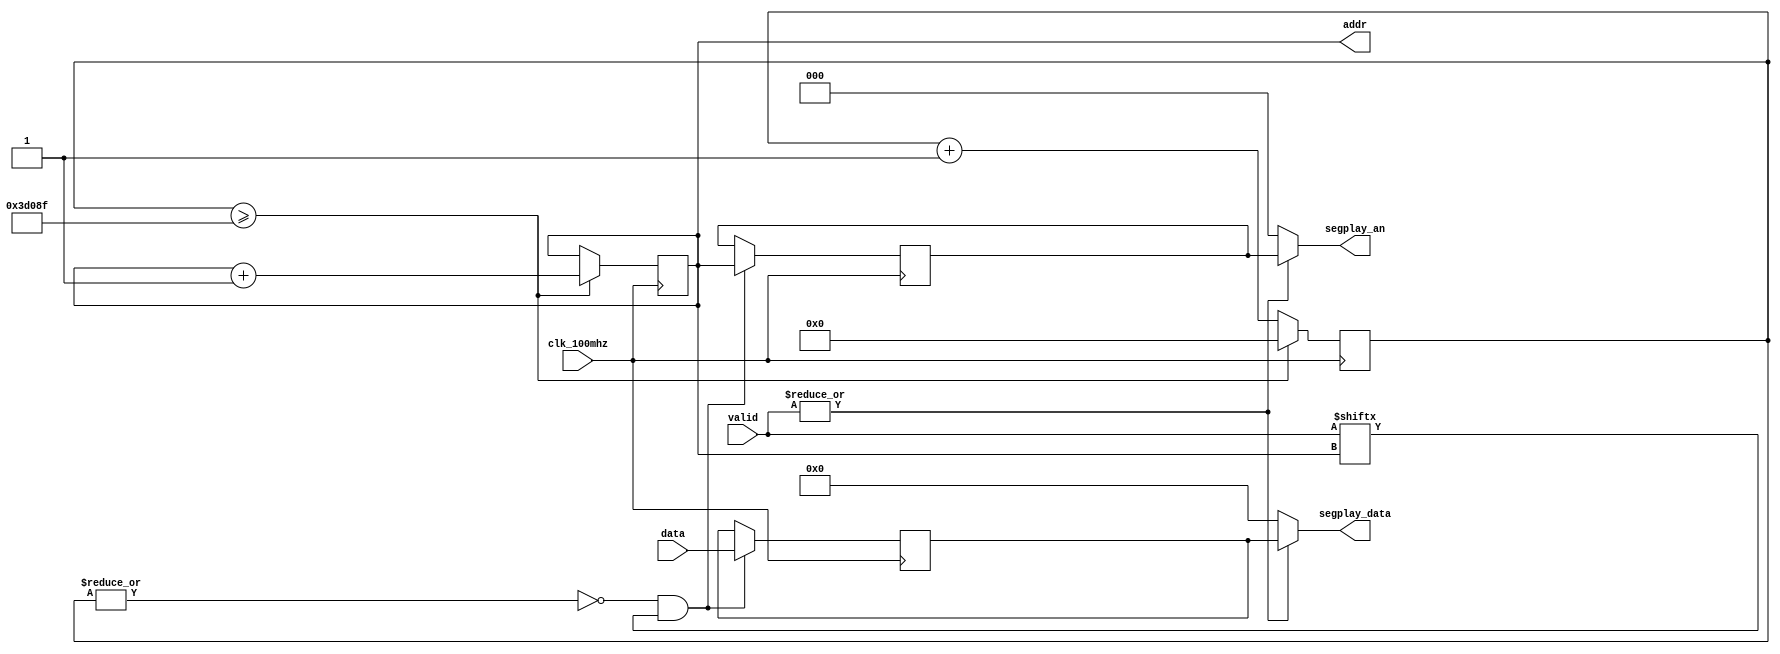
module segplay_unit(
    input clk_100mhz,
    input [3:0] data,
    input [7:0] valid,
    output reg [2:0] addr,
    output [2:0] segplay_an,
    output [3:0] segplay_data
);
    //
    wire clk_400hz;
    reg [17:0] clk_cnt;
    assign clk_400hz = ~(|clk_cnt); //clk_400hz = (clk_cnt == 0)
    always @(posedge clk_100mhz) begin
        if (clk_cnt >= 18'h3D08F) begin //clk_cnt >= 249999
            clk_cnt <= 18'h00000;
            addr <= addr + 3'b001;
        end else
            clk_cnt <= clk_cnt + 18'h00001; 
    end
    //
    reg [2:0] segplay_an_reg;
    reg [3:0] segplay_data_reg;
    always @(posedge clk_100mhz) begin
        if (clk_400hz && valid[addr]) begin
            segplay_an_reg <= addr;
            segplay_data_reg <= data;
        end
    end
    assign segplay_data = (|valid) ? segplay_data_reg : 4'h0;
    assign segplay_an = (|valid) ? segplay_an_reg : 3'h0;
endmodule